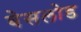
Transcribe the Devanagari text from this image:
बेसलोड